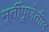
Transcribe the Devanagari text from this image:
मूर्तीपूजेतील